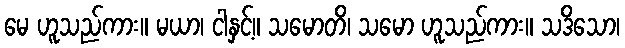
မေ ဟူသည်ကား။ မယာ၊ ငါနှင့်။ သမောတိ၊ သမော ဟူသည်ကား။ သဒိသော၊